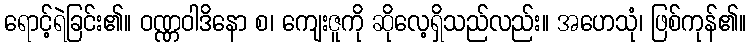
ရောင့်ရဲခြင်း၏။ ဝဏ္ဏဝါဒိနော စ၊ ကျေးဇူကို ဆိုလေ့ရှိသည်လည်း။ အဟေသုံ၊ ဖြစ်ကုန်၏။